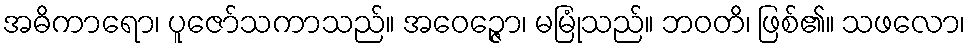
အဓိကာရော၊ ပူဇော်သကာသည်။ အဝေဉ္ဇော၊ မမြုံသည်။ ဘဝတိ၊ ဖြစ်၏။ သဖလော၊